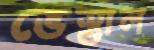
ভেস্তাল